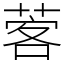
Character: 𦴦